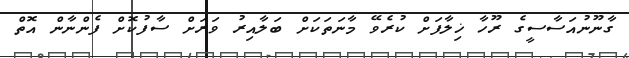
ގާނޫނުއަސާސީގެ ރޫހާ ޚިލާފަށް ކުރެވޭ މާނަތަކަށް ބަލާއިރު ވަރަށް ސާފުކޮށް ފެންނާން އޮތް